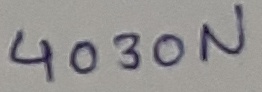
Text: 4030N